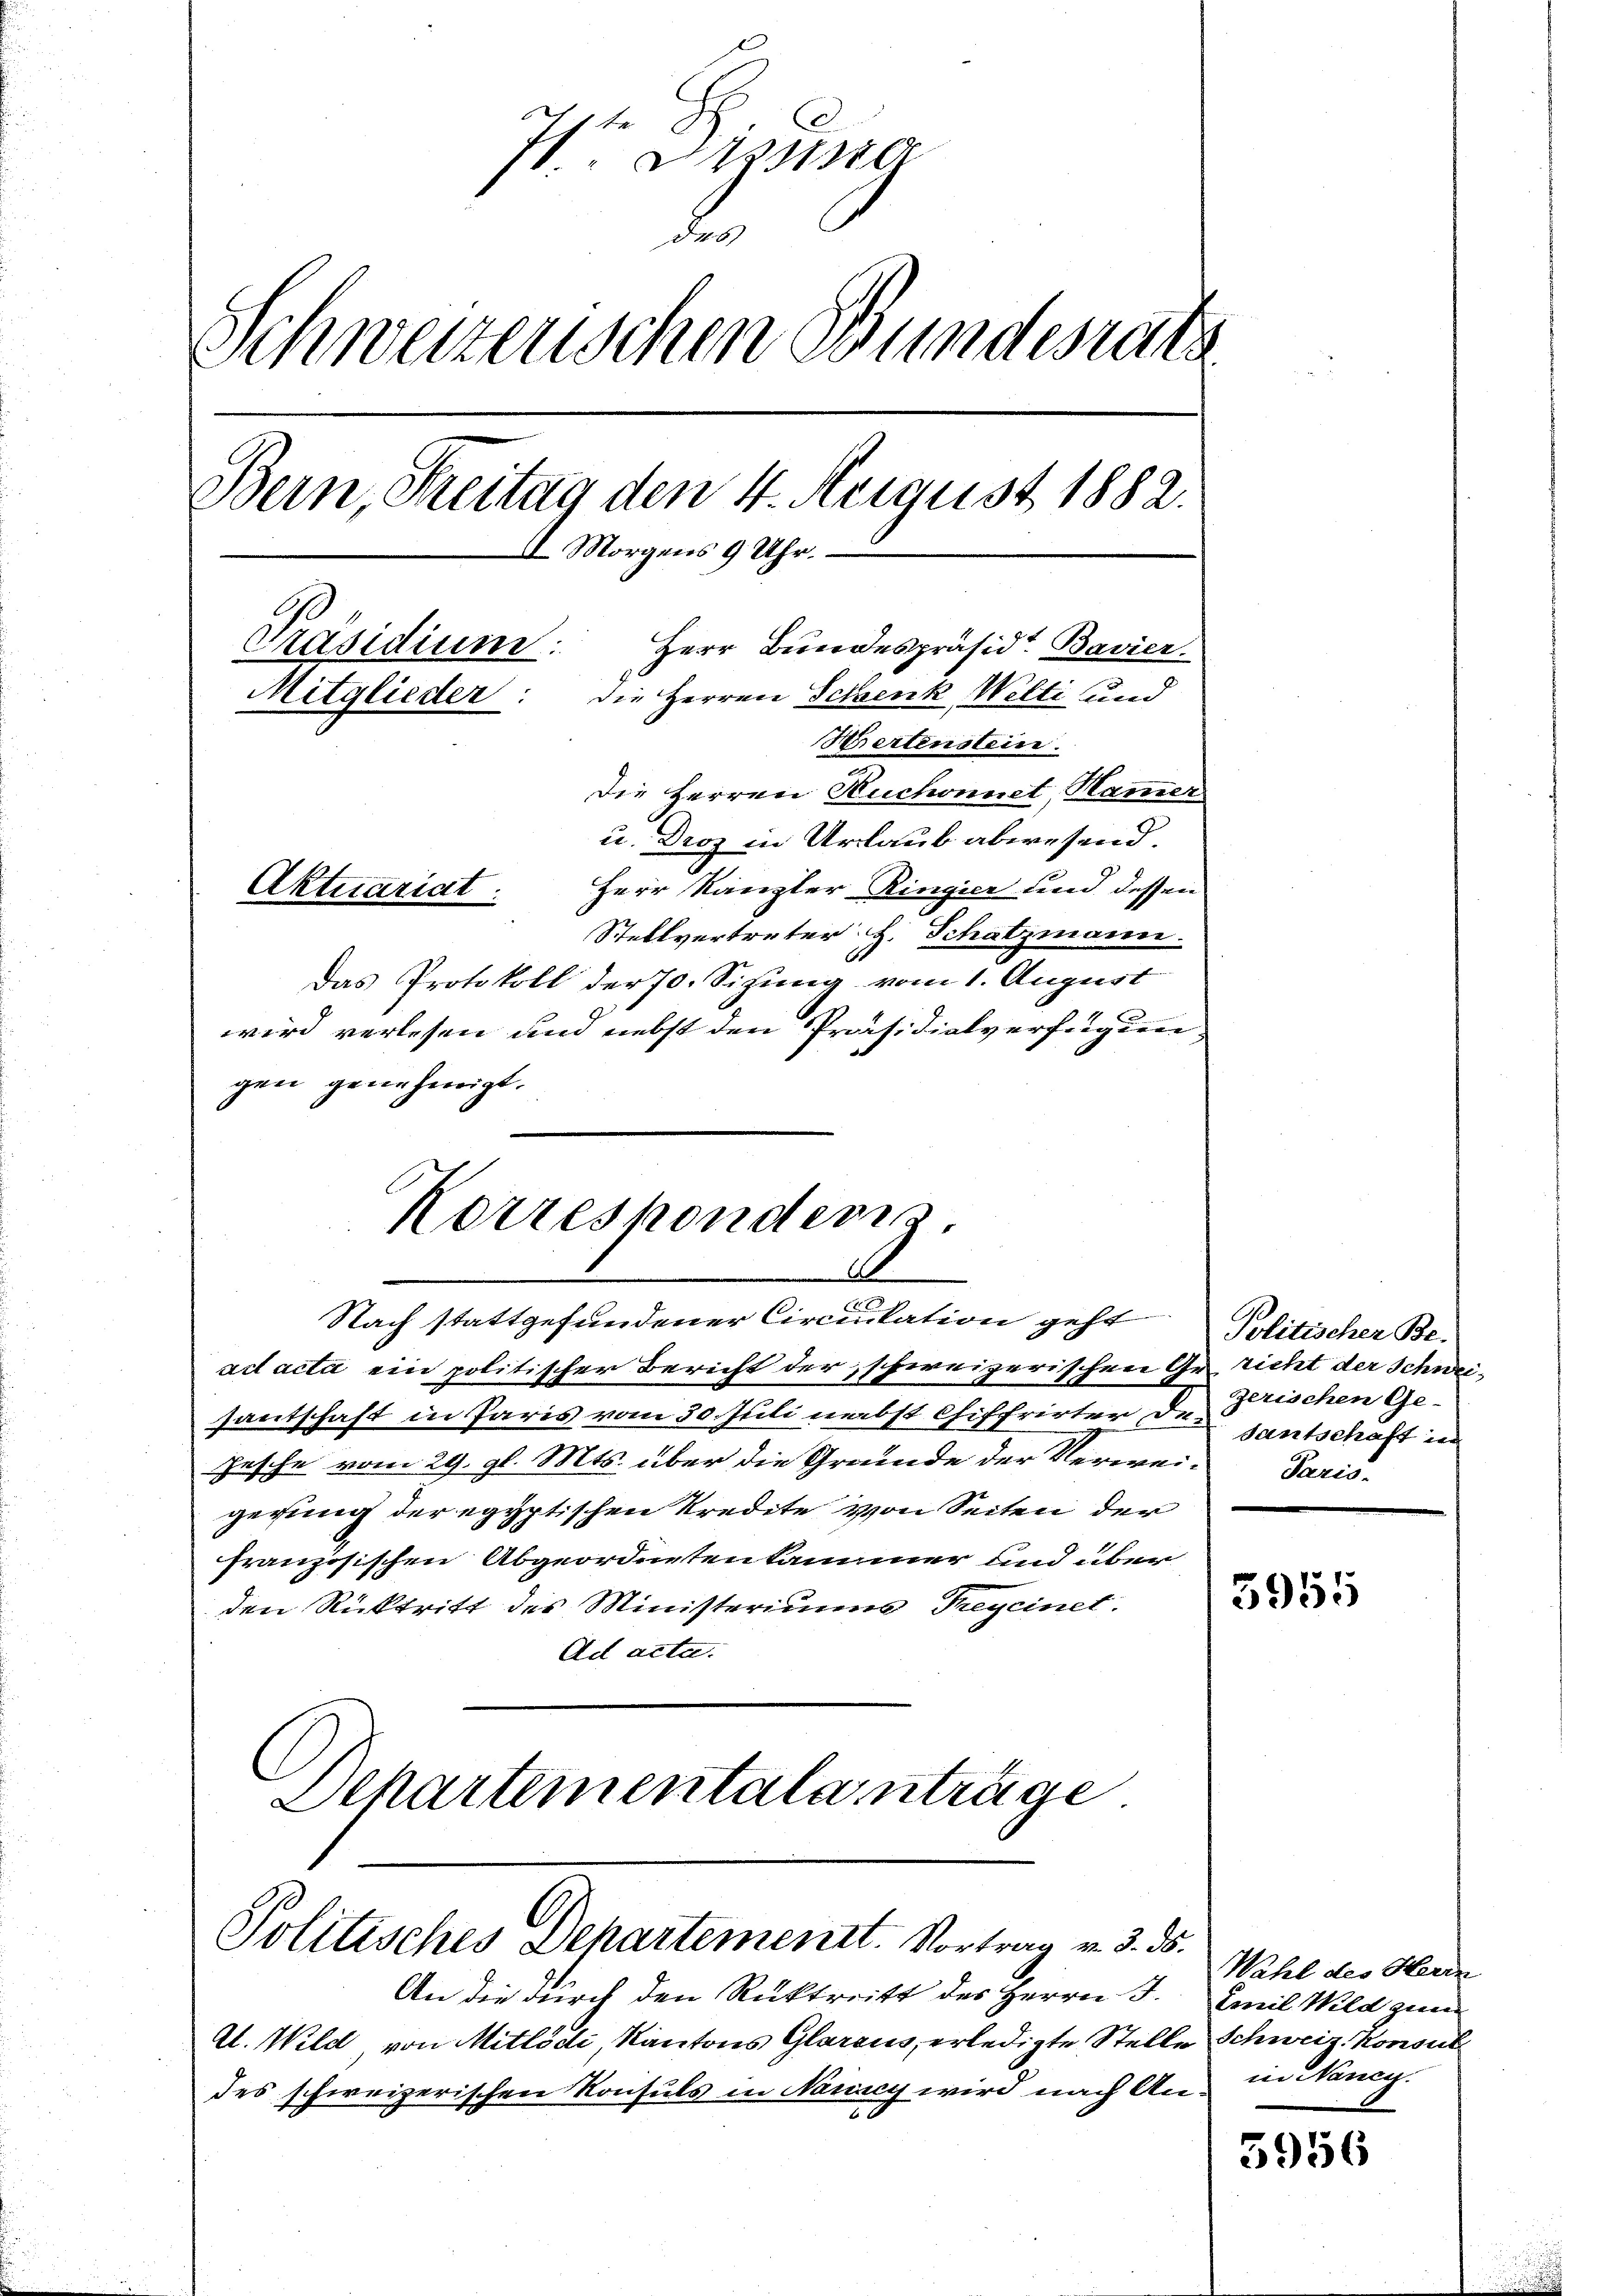
7sten Digna
d
Schweizerischen Bundesrat
Bern, Streitag den 4. August 1882.
I Morgens 9 Uhr.
Präsidium:
Herr Bundespräsidt Bavier.
die Herren Schenk Welti und
Mitglieder.
Hertenstein.
Die Herren Huchonnet, Hammer
u. Droz in Urlaub abwesend.
Herr Kanzler Ringier und dessen
Aktuariat.
Stellvertreter H. Schatzmann.
Das Protokoll der 70. Sizung vom 1. August

wird verlesen und nebst den Präsidialverfügungen genehmigt.

Korrespondern
A
2
Nach stattgefundener Circuukation geht

ad acta ein politischer Bericht der schweizerischen Gr. richt der Schweisantschaft in Paris vom 30. Juli nebst Chiffrirter dr. santschaft in
hesche vom 29. gl. Mts. über die Grunde der Verwei- Paris-
gerung der egyptischen Kredite von Seiten der
französischen Abgeordnetenkammer und über
den Rücktritt des Ministeriums Preycinet.
Ad acta.
Departementalanträge.

Politisches Departement. Vortrag v. 3. 35.

An die durch den Rücktritt des Herrn J.
U. Wild, von Mitlödi, Kantons Glarus, erledigte Stelle Schweiz. Konsul
des schweizerischen Konsuls in Nancy wird nach An¬

Politischer Be-
zerischen Ge-

5955

Wahl des Herrn
Emil Wild zum
in Nancy.

5956